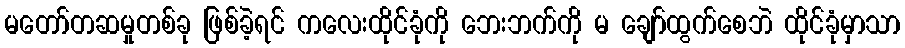
မတော်တဆမှုတစ်ခု ဖြစ်ခဲ့ရင် ကလေးထိုင်ခုံကို ဘေးဘက်ကို မ ချော်ထွက်စေဘဲ ထိုင်ခုံမှာသာ